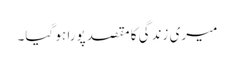
میری زندگی کا مقصد پورا ہو گیا۔